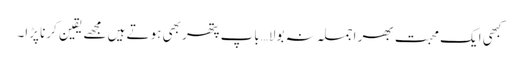
کبھی ایک محبت بھر اجملہ نہ بولا…باپ پتھر بھی ہوتے ہیں مجھے یقین کرنا پڑا۔